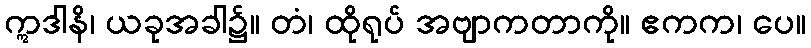
ဣဒါနိ၊ ယခုအခါ၌။ တံ၊ ထိုရုပ် အဗျာကတာကို။ ဧကက၊ ပေ။